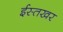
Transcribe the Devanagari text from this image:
ईस्तखर